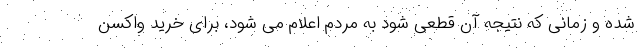
شده و زمانی که نتیجه آن قطعی شود به مردم اعلام می شود، برای خرید واکسن